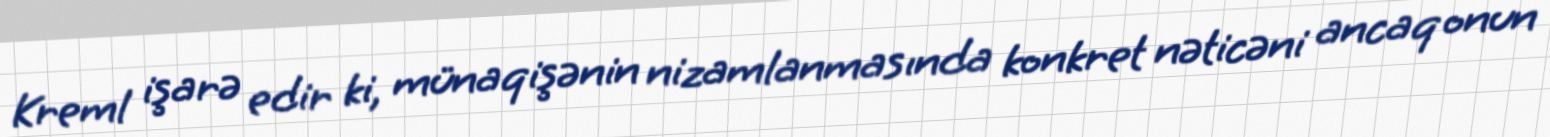
Kreml işarə edir ki, münaqişənin nizamlanmasında konkret nəticəni ancaq onun